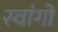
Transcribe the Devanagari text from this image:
स्वांगों